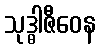
သုဒ္ဓါဇီဝေန